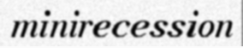
minirecession